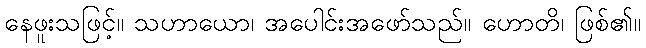
နေဖူးသဖြင့်။ သဟာယော၊ အပေါင်းအဖော်သည်။ ဟောတိ၊ ဖြစ်၏။